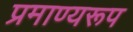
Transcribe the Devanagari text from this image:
प्रमाण्यरूप